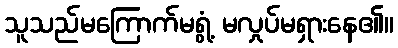
သူသည်မကြောက်မရွံ့ မလှုပ်မရှားနေ၏။